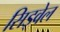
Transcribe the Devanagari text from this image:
सिड्वेल